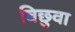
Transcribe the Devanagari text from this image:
बिछुवा